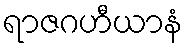
ရာဇဂဟီယာနံ